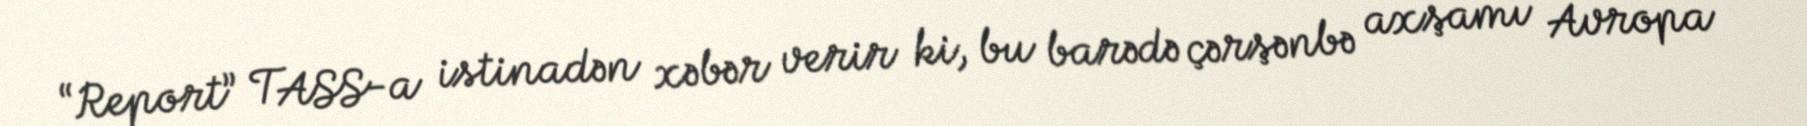
“Report” TASS-a istinadən xəbər verir ki, bu barədə çərşənbə axşamı Avropa